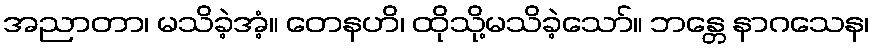
အညာတာ၊ မသိခဲ့အံ့။ တေနဟိ၊ ထိုသို့မသိခဲ့သော်။ ဘန္တေ နာဂသေန၊